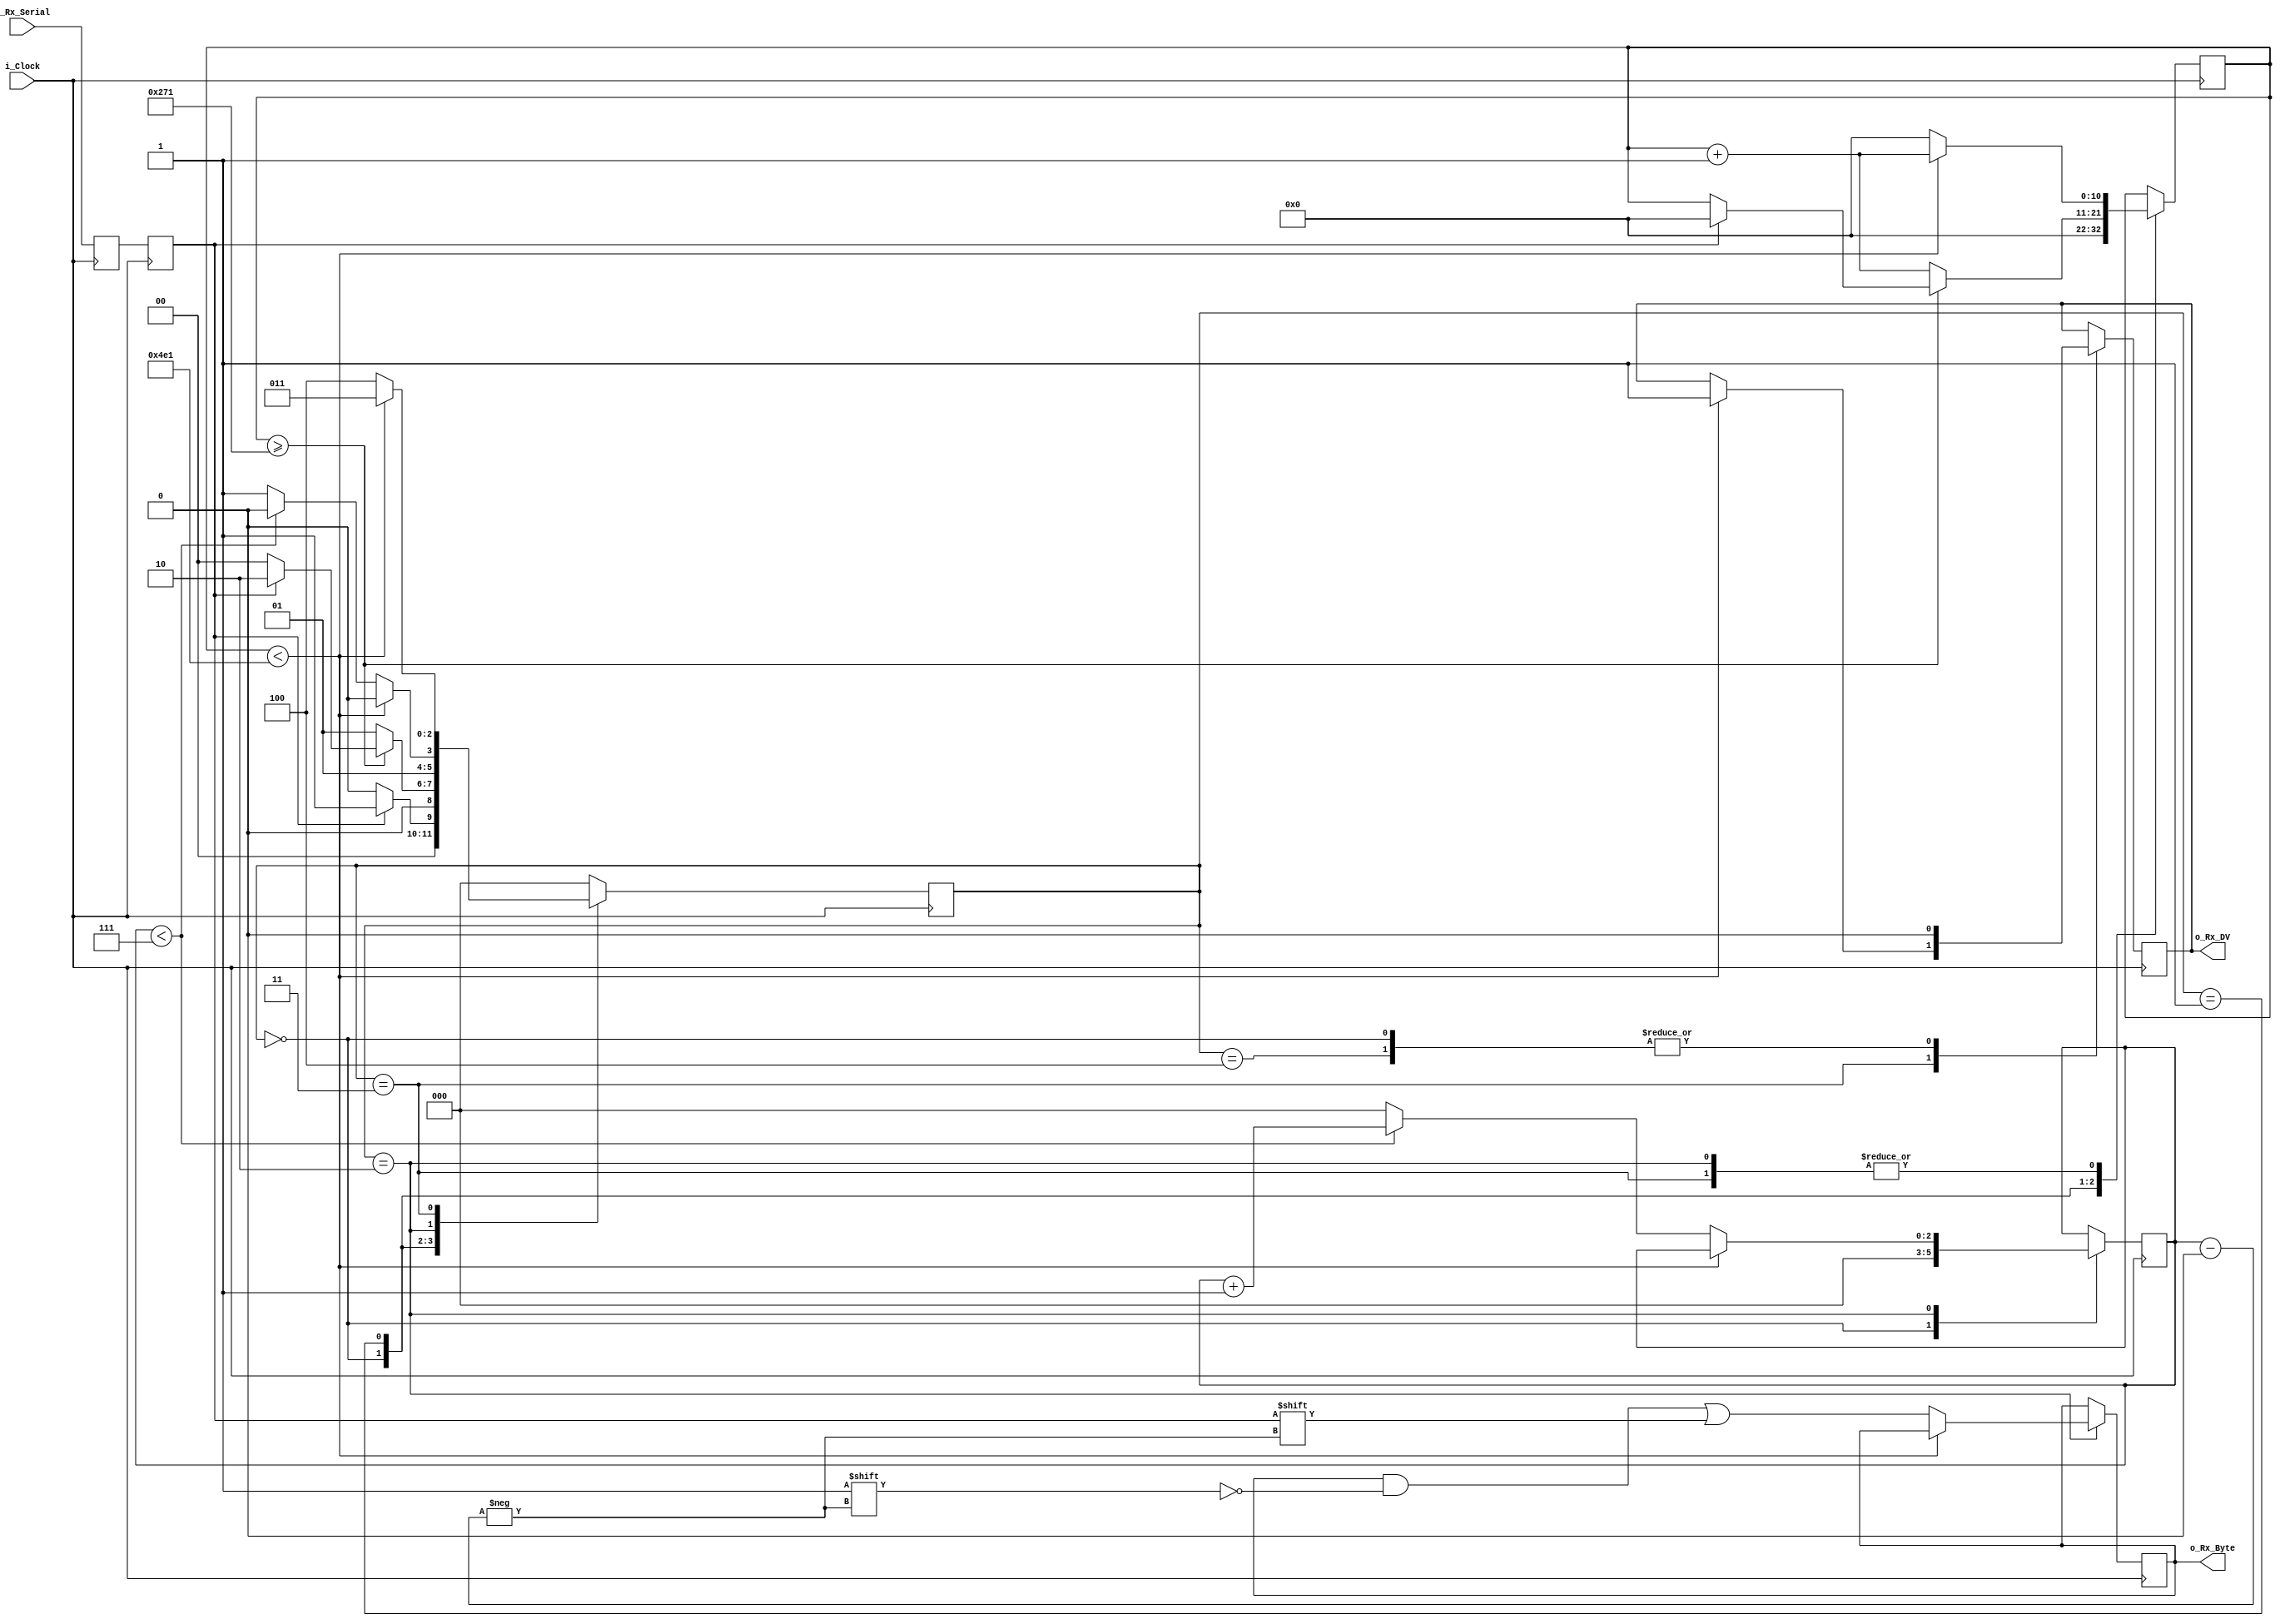
`timescale 1ns / 1ps
//////////////////////////////////////////////////////////////////////////////////
// Company: 
// Engineer: 
// 
// Design Name: 
// Module Name: RX_Demodulator
// Project Name: 
// Target Devices: 
// Tool Versions: 
// Description: 
// 
// Dependencies: 
// 
// Revision:
// Revision 0.01 - File Created
// Additional Comments:
// 
//////////////////////////////////////////////////////////////////////////////////


module RX_Demodulator(
    input i_Clock,
    input i_Rx_Serial,
    output o_Rx_DV, // when Rx_DV = 0, it means we have received a valid byte of data and it can be read without problem
    output [7:0] o_Rx_Byte 
    );
    
    parameter s_IDLE = 3'b000;
    parameter s_RX_START_BIT = 3'b001;
    parameter s_RX_DATA_BITS = 3'b010;
    parameter s_RX_STOP_BIT = 3'b011;
    parameter s_CLEANUP = 3'b100;
    
    reg r_Rx_Data_R = 1'b1;
    reg r_Rx_Data = 1'b1;
    
    reg [10:0] r_Clock_Count = 0;
    reg [10:0] CLKS_PER_BIT = 1250; // 12Mhz / 9600 = 1250
    reg [2:0] r_Bit_Index = 0; // 8 bits total
    reg [7:0] r_Rx_Byte = 0;
    reg r_Rx_DV = 0;
    reg [2:0] r_SM_Main = 0;
    
    assign o_Rx_DV = r_Rx_DV;
    assign o_Rx_Byte = r_Rx_Byte;
    
    // purpose: Double-register the incoming data
    // This allows it to be used in the uART RX Clock Domain
    // (It removes problems caused by metastability) (link for more explanation: https://www.intel.com/content/dam/www/programmable/us/en/pdfs/literature/wp/wp-01082-quartus-ii-metastability.pdf)
    always @ (posedge i_Clock) begin
        r_Rx_Data_R <= i_Rx_Serial;
        r_Rx_Data <= r_Rx_Data_R;
    end
    
    // Purpose: Control RX state machine
    always @ (posedge i_Clock) begin
        case (r_SM_Main)
            s_IDLE:
                begin
                    r_Rx_DV <= 1'b0;
                    r_Clock_Count <= 0;
                    r_Bit_Index <= 0;
                    
                    // Start bit detected --> we may want to define start bit a bit differently due to BCC communication
                    if (r_Rx_Data == 1'b1)
                        r_SM_Main <= s_RX_START_BIT;
                    else 
                        r_SM_Main <= s_IDLE;
                end
            
            // Check middle of start bit to make sure it's still high
            s_RX_START_BIT:
                begin
                    if (r_Clock_Count >= (CLKS_PER_BIT/2)) begin
                        if (r_Rx_Data == 1'b1) begin
                            r_Clock_Count <= 0; // reset counter, as we have found the middle of the bit
                            r_SM_Main <= s_RX_DATA_BITS;
                        end else begin
                            r_SM_Main <= s_IDLE;
                        end
                    end else begin
                        r_Clock_Count <= r_Clock_Count + 1;
                        r_SM_Main <= s_RX_START_BIT;
                    end
                end
            
            // Wait CLKS_PER_BIT - 1 clock cycles to sample serial data
            s_RX_DATA_BITS:
                begin
                    if (r_Clock_Count < CLKS_PER_BIT - 1) begin
                        r_Clock_Count <= r_Clock_Count + 1;
                        r_SM_Main <= s_RX_DATA_BITS;
                    end else begin
                        r_Clock_Count <= 0;
                        r_Rx_Byte[r_Bit_Index] <= r_Rx_Data;
                        
                        // Check if we have received all bits
                        if (r_Bit_Index < 7) begin
                            r_Bit_Index <= r_Bit_Index + 1;
                            r_SM_Main <= s_RX_DATA_BITS;
                        end else begin
                            r_Bit_Index <= 0;
                            r_SM_Main <= s_RX_STOP_BIT;
                        end
                    end
                end
            
            // Receive Stop bit. Stop bit = 1;
            s_RX_STOP_BIT:
                begin
                    if (r_Clock_Count < CLKS_PER_BIT - 1) begin
                        r_Clock_Count <= r_Clock_Count + 1;
                        r_SM_Main <= s_RX_STOP_BIT;
                        r_Rx_DV <= 1'b1;
                    end else begin
//                        r_Rx_DV <= 1'b1;
                        r_Clock_Count <= 0;
                        r_SM_Main <= s_CLEANUP;
                    end
                end
            
            // Stay here for 1 clock for good measure
            s_CLEANUP:
                begin
                    r_SM_Main <= s_IDLE;
                    r_Rx_DV <= 1'b0;
//                    if (r_Clock_Count < CLKS_PER_BIT - 1) begin
//                        r_Clock_Count <= r_Clock_Count + 1;
//                        r_SM_Main <= s_CLEANUP;
//                        r_Rx_DV <= 1'b1;
//                    end else begin
////                        r_Rx_DV <= 1'b1;
//                        r_Clock_Count <= 0;
//                        r_SM_Main <= s_IDLE;
//                    end
                end
            
            default:
                r_SM_Main <= s_IDLE;
        endcase
    end
    
endmodule